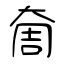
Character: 奝